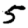
Digit: 5